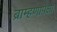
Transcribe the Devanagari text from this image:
ब्राम्हणापेक्षा